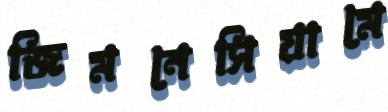
জিমনেসিয়ামে